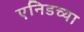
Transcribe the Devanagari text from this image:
एनिडच्या